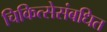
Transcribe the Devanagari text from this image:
चिकित्सेसंबधित